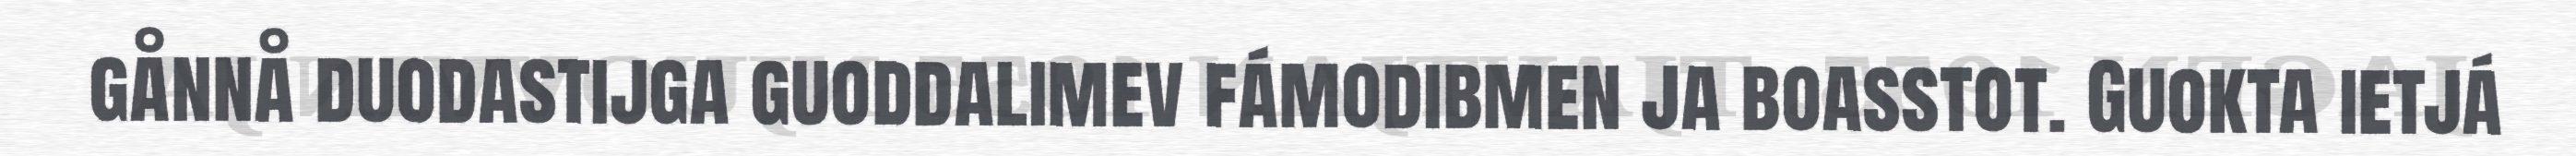
gånnå duodastijga guoddalimev fámodibmen ja boasstot. Guokta ietjá